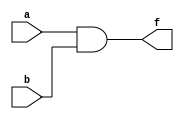
module and2(f, a, b);
  output f;
  input a, b;
  
  assign f = a & b;

endmodule